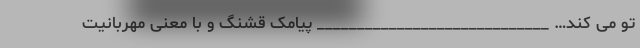
تو می کند… _____________________________ پیامک قشنگ و با معنی مهربانیت